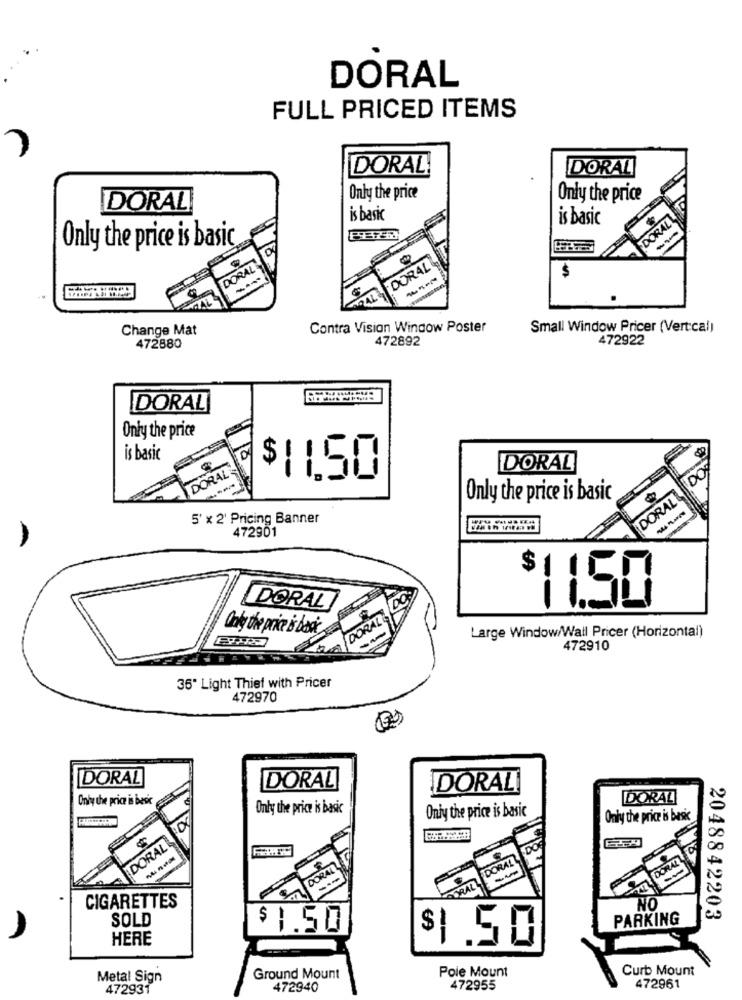
DORAL
FULL PRICED ITEMS
DORAL!
DORAL
Only the price
Only the price
DORAL
is basic
is basic
DORAL
--
Only the price is basic
DORAL
DORAL
----
Change Mat
Contra Vision Window Poster
Small Window Pricer (Vertcal)
472892
472922
472880
DORAL
Only the price
is basic
D
DORAL
DORAL
DO
$11,50
DORAL
Only the price is basic
5' x 2' Pricing Banner
472901
DO
$11.50
DORAL
bra DORAL
Only the price is basic
Large Window/Wall Pricer (Horizontal)
472910
36" Light Thief with Pricer
472970
DORAL
DORAL
DORAL
Only the price is besk
DORAL
Only the price is basic
Only the price is basic
Only the price is basic
DORAL
FORALL
DORAL
DORAT
CIGARETTES
NO
SOLD
PARKING
2048842203
$1.50
HERE
$1
.50
Pole Mount
Curb Mount
Metal Sign
Ground Mount
472931
472940
472955
472961